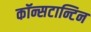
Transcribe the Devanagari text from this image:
कॉन्सटान्टिन